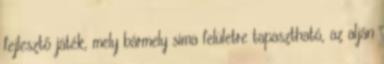
fejlesztő játék, mely bármely sima felületre tapasztható, az alján